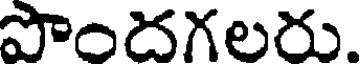
పొందగలరు.